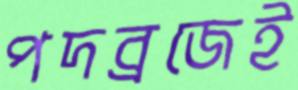
পদব্রজেই